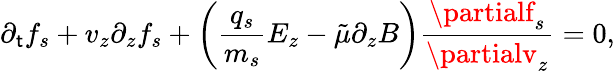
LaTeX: \partial_{\mathsf{t}}f_{s}+v_{z}\partial_{z}f_{s}+\left(\frac{{q_{s}}}{{m_{s}}}E_{z}-\tilde{{\mu}}\partial_{z}B\right)\frac{{\partialf_{s}}}{{\partialv_{z}}}=0,